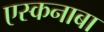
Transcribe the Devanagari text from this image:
एस्कनाबा